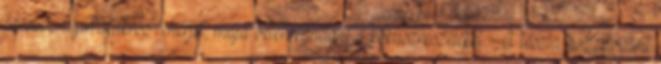
édesítős-nyírfacukros fehérjét, majd beleforgattam a kókuszreszeléket. A tészta hozzávalóit